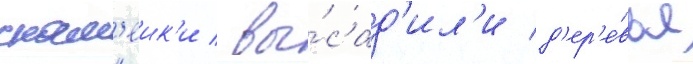
скам'еик'и / вы́сад'ил'и д'ер'е́вья